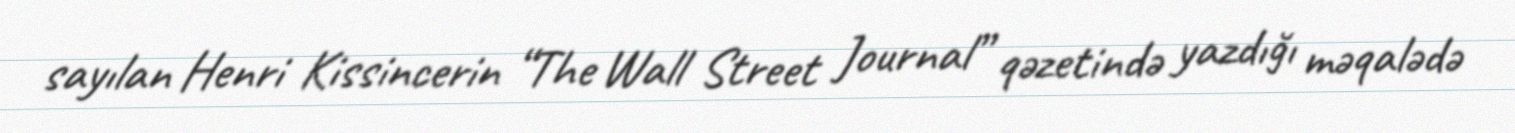
sayılan Henri Kissincerin “The Wall Street Journal” qəzetində yazdığı məqalədə